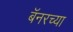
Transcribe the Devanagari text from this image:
बॅनरच्या